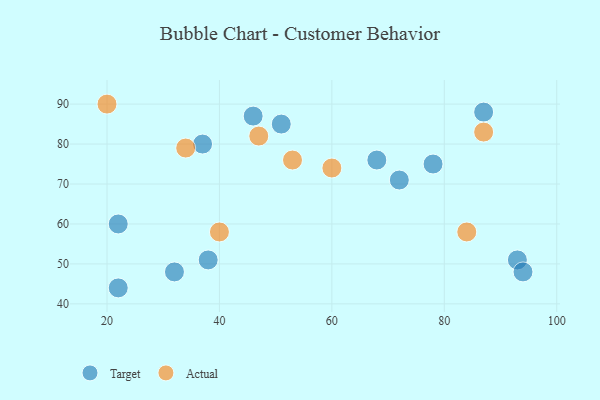
{"axis": {"x": "GDP", "y": "Life Expectancy"}, "legend": ["Actual", "Target"], "data": [{"x": "37", "y": 80, "type": "Target"}, {"x": "93", "y": 51, "type": "Target"}, {"x": "72", "y": 71, "type": "Target"}, {"x": "38", "y": 51, "type": "Target"}, {"x": "68", "y": 76, "type": "Target"}, {"x": "32", "y": 48, "type": "Target"}, {"x": "87", "y": 88, "type": "Target"}, {"x": "51", "y": 85, "type": "Target"}, {"x": "22", "y": 60, "type": "Target"}, {"x": "46", "y": 87, "type": "Target"}, {"x": "94", "y": 48, "type": "Target"}, {"x": "78", "y": 75, "type": "Target"}, {"x": "22", "y": 44, "type": "Target"}, {"x": "40", "y": 58, "type": "Actual"}, {"x": "60", "y": 74, "type": "Actual"}, {"x": "34", "y": 79, "type": "Actual"}, {"x": "47", "y": 82, "type": "Actual"}, {"x": "53", "y": 76, "type": "Actual"}, {"x": "84", "y": 58, "type": "Actual"}, {"x": "87", "y": 83, "type": "Actual"}, {"x": "20", "y": 90, "type": "Actual"}]}